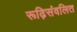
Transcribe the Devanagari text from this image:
रूढ़िसंवलित